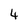
Character: 4